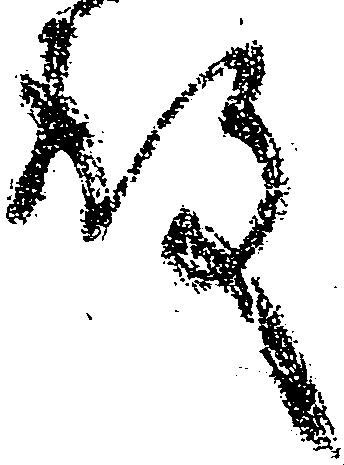
殿